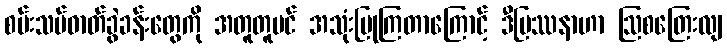
စမ်းသပ်ဓာတ်ခွဲခန်းတွေကို အတူတူပင် အသုံးပြုကြတာကြောင့် ဒီပြဿနာဟာ ဩစတြေးလျ